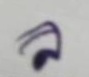
ล